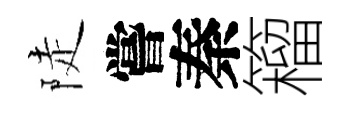
陡嘗秦籕